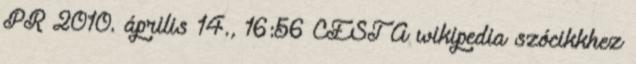
PR 2010. április 14., 16:56 CEST A wikipedia szócikkhez